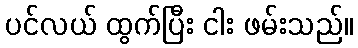
ပင်လယ် ထွက်ပြီး ငါး ဖမ်းသည်။